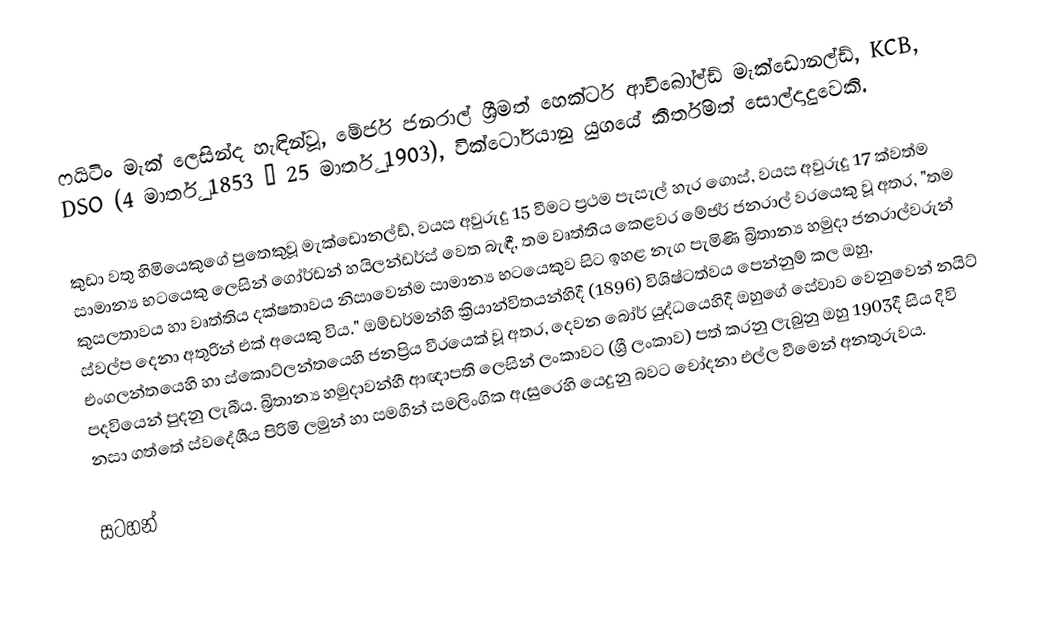
ෆයිටිං මැක් ලෙසින්ද හැඳින්වූ, මේජර් ජනරාල් ශ්‍රීමත් හෙක්ටර් ආචිබෝල්ඩ් මැක්ඩොනල්ඩ්, KCB, DSO (4 මාර්තු 1853 – 25 මාර්තු 1903), වික්ටෝරියානු යුගයේ කීර්තිමත් සොල්දාදුවෙකි.

කුඩා වතු හිමියෙකුගේ පුතෙකුවූ මැක්ඩොනල්ඩ්, වයස අවුරුදු 15 වීමට ප්‍රථම පැසැල් හැර ගොස්, වයස අවුරුදු 17 ක්වත්ම සාමාන්‍ය භටයෙකු ලෙසින් ගෝර්ඩන් හයිලන්ඩර්ස් වෙත බැඳී, තම වෘත්තිය කෙළවර මේජර් ජනරාල් වරයෙකු වූ අතර,  "තම කුසලතාවය හා වෘත්තිය දක්ෂතාවය නිසාවෙන්ම සාමාන්‍ය භටයෙකුව සිට ඉහළ නැග පැමිණි බ්‍රිතාන්‍ය හමුදා ජනරාල්වරුන් ස්වල්ප දෙනා අතුරින් එක් අයෙකු විය."  ඔම්ඩර්මන්හි ක්‍රියාන්විතයන්හිදී (1896) විශිෂ්ටත්වය පෙන්නුම් කල ඔහු, එංගලන්තයෙහි හා ස්කොට්ලන්තයෙහි ජනප්‍රිය වීරයෙක් වූ අතර, දෙවන බෝර් යුද්ධයෙහිදී ඔහුගේ සේවාව වෙනුවෙන් නයිට් පදවියෙන් පුදනු ලැබීය. බ්‍රිතාන්‍ය හමුදාවන්හී ආඥාපති ලෙසින් ලංකාවට (ශ්‍රී ලංකාව) පත් කරනු ලැබුනු ඔහු 1903දී සිය දිවි නසා ගත්තේ ස්වදේශීය පිරිමි ලමුන් හා සමගින්  සමලිංගික ඇසුරෙහි යෙදුනු බවට චෝදනා එල්ල වීමෙන් අනතුරුවය.

සටහන්